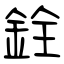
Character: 銓